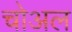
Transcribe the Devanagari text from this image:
चोअल